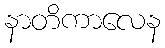
နာတိကာလေန